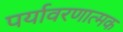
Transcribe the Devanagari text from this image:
पर्यावरणात्मक